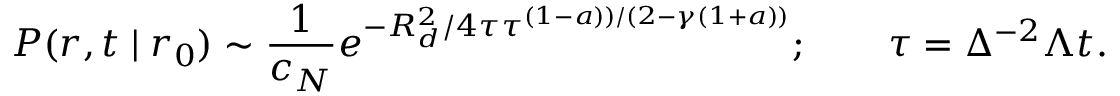
P ( r , t \mid r _ { 0 } ) \sim { \frac { 1 } { c _ { N } } } e ^ { - R _ { d } ^ { 2 } / 4 \tau \tau ^ { ( 1 - a ) ) / ( 2 - \gamma ( 1 + a ) ) } } ; \qquad \tau = \Delta ^ { - 2 } \Lambda t .